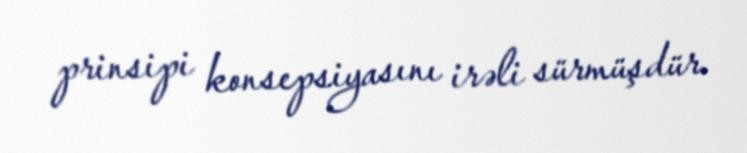
prinsipi konsepsiyasını irəli sürmüşdür.